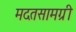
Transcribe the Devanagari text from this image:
मदतसामग्री